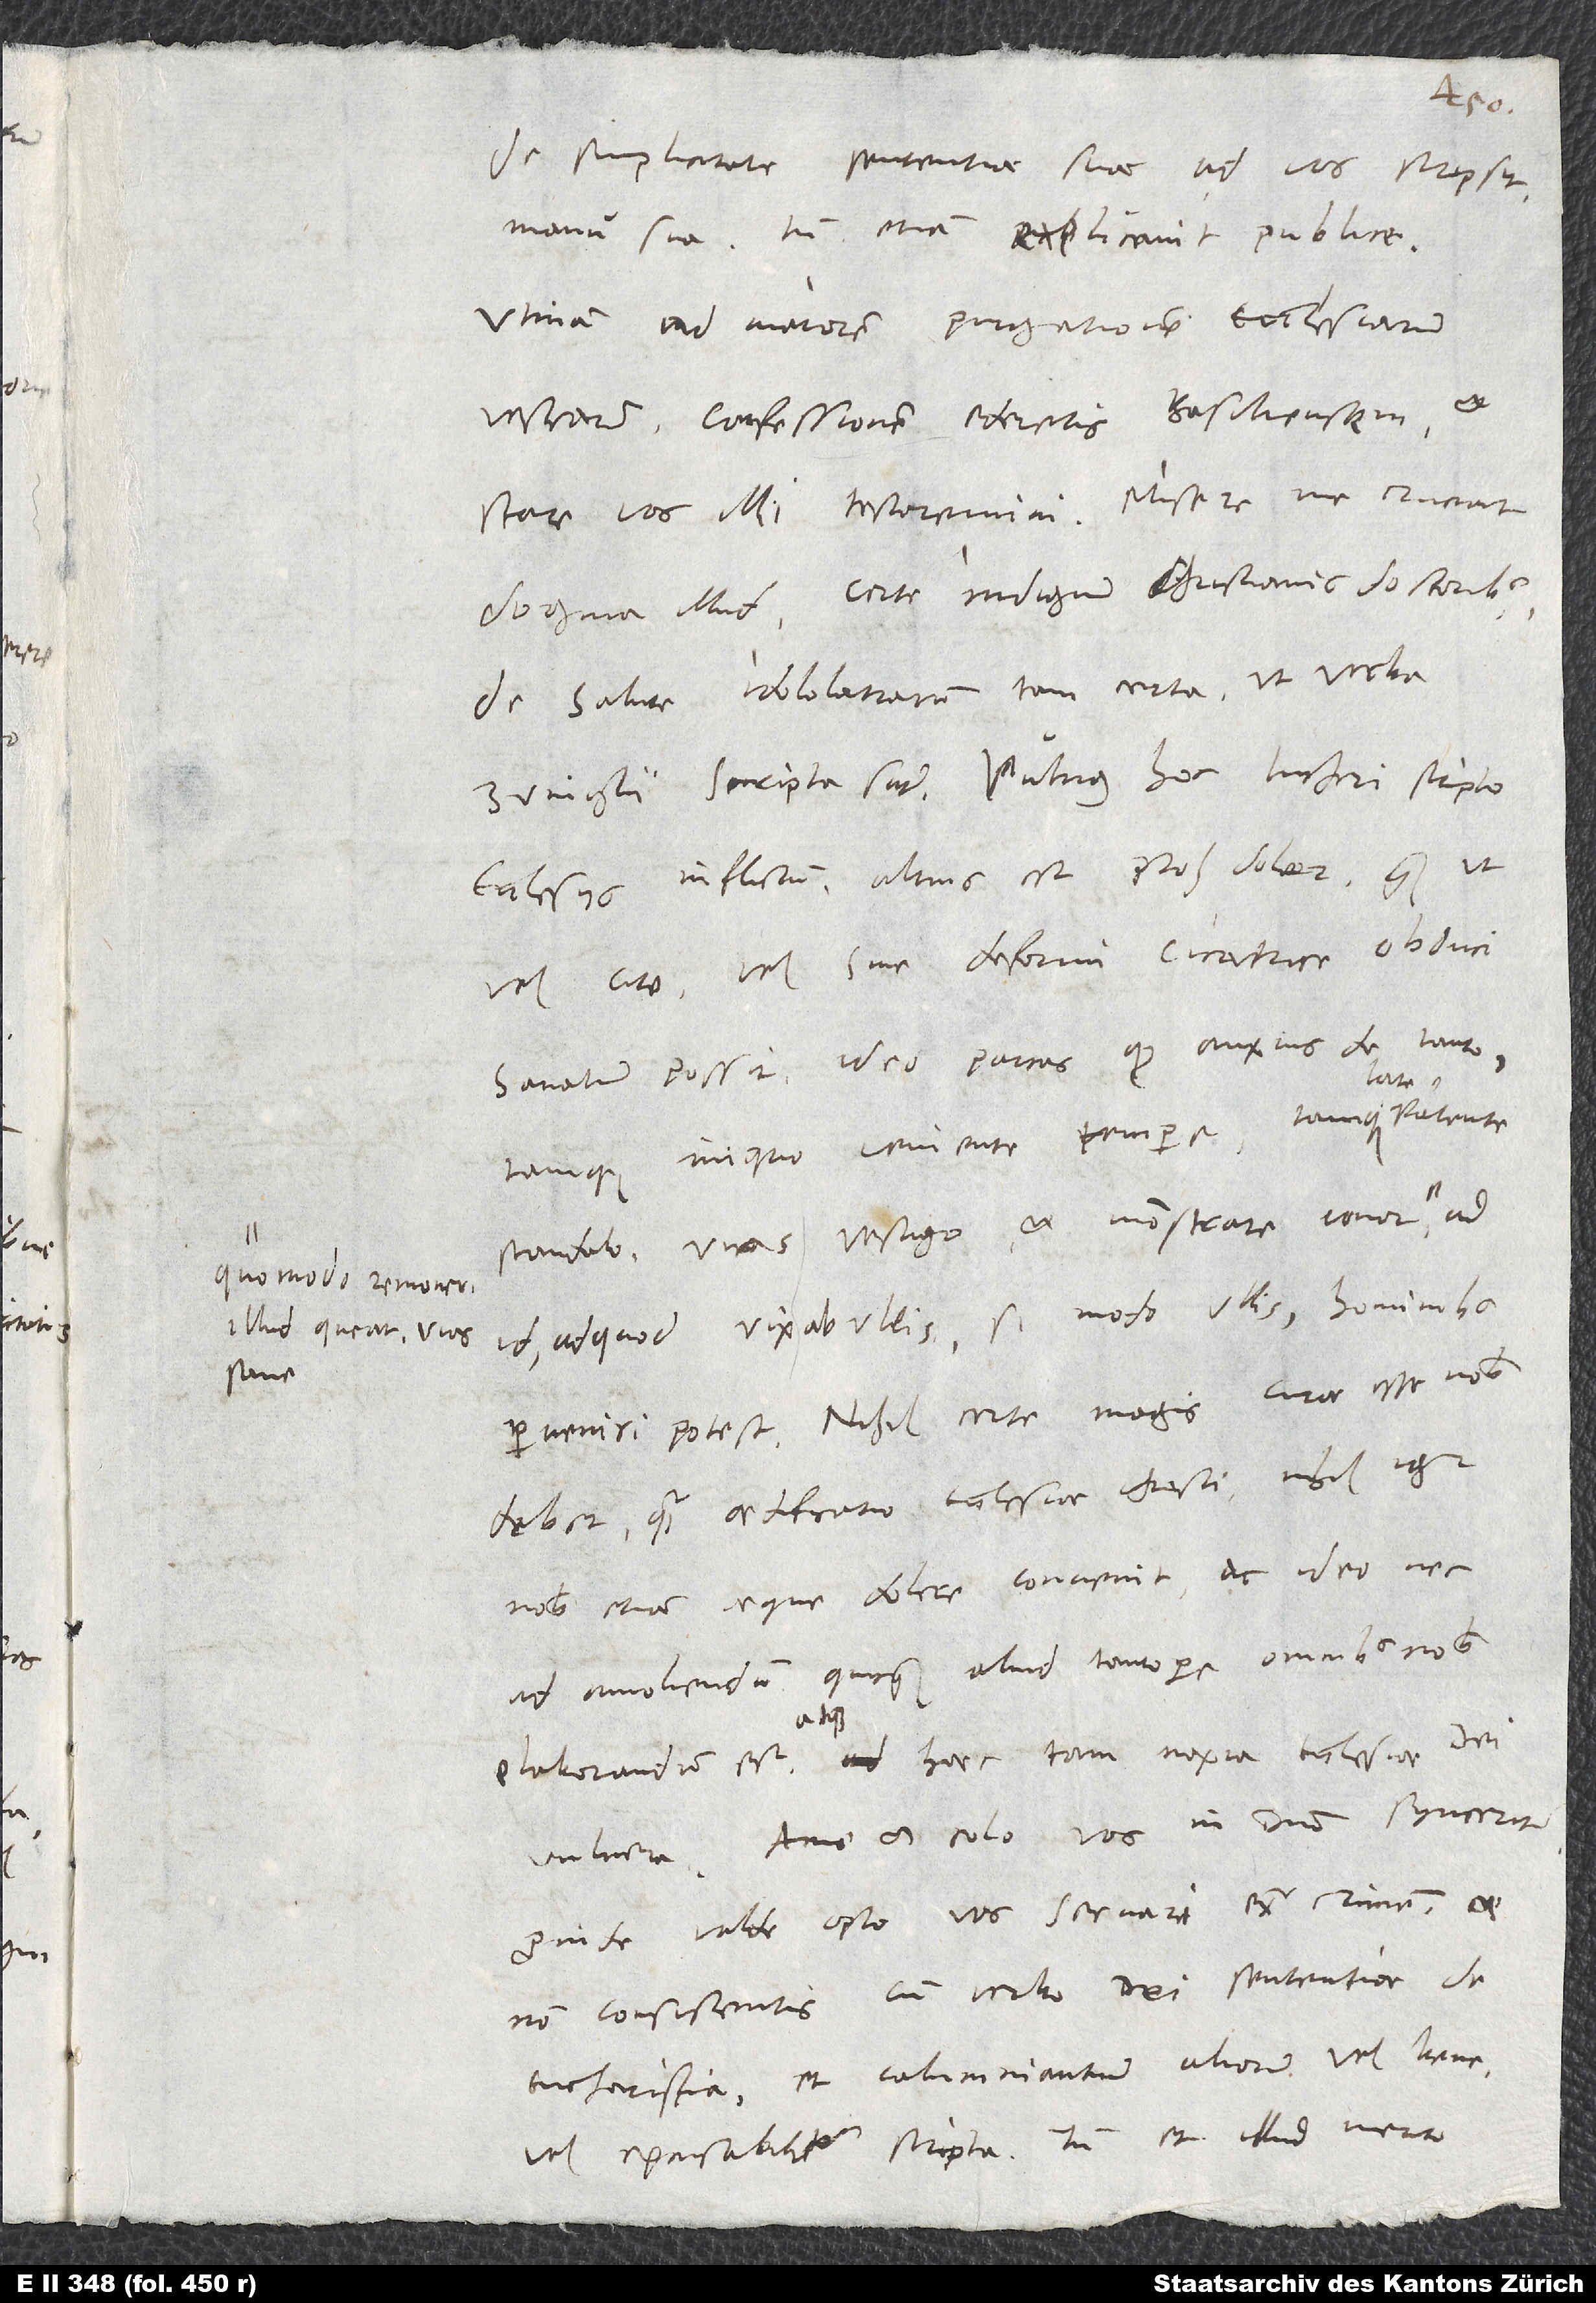
quomodo removeri
illud queat, vias
sane

de simplicitate sententiae suae ad vos scripsit
manu sua, tum etiam explicavit publice.
Utinam ad maiorem purgationem ecclesiarum
vestrarum confessionem ederetis Basiliensem et
dogma illud certe indignum christianis doctoribus
de salute idololatrarum, tam certa ut verba
Zvinglii scripta sunt. Vulnus hoc Lutheri scripto
ecclesiis inflictum altius est, proh dolor, quam ut
vel cito vel sine deformi cicatrice obduci
tamque iniquo veniente tempore tamque late
scandalo vias vestigo et monstrare conor,
id, ad quod vix ab ullis, si modo ullis hominibus
perveniri potest. Nihil certe magis curae esse nobis
debet quam aedificatio ecclesiae Christi; nihil igitur
nobis etiam aeque dolere convenit ac ideo nec
ad amoliendum quicquam aliud tantopere omnibus nobis
atque
elaborandum est atque haec tam noxia ecclesiae dei
vulnera. Amo et colo vos in domino synceriter;
proinde valde opto vos servari extra crimen et
non consistentis cum verbo dei sententiae de
eucharistia et calumniantium aliorum vel bene
vel excusabiliter scripta. Tum et illud merito